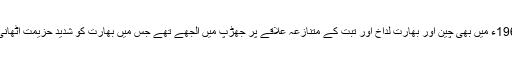
آخر کو 1962ء میں بھی چین اور بھارت لداخ اور تبت کے متنازعہ علاقے پر جھڑپ میں الجھے تھے جس میں بھارت کو شدید حزیمت اٹھانی پڑی تھی۔